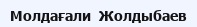
Молдағали  Жолдыбаев